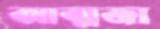
আত্মজা